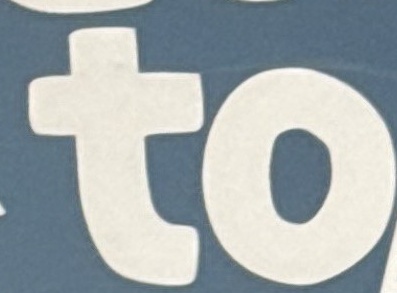
to